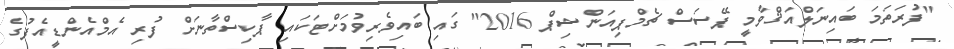
"ފުރަތަމަ ބައިނަލްއަޤްވާމީ ޕޭސަސް ޗެމްޕިއަންޝިޕް 2016" ގައި ބައިވެރިވުމަށްޓަކައި ޕާކިސްތާނަށް ފުރި އެމްއެންޑީއެފުގެ